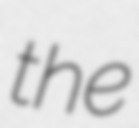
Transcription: the